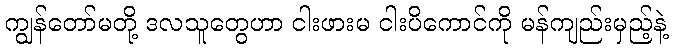
ကျွန်တော်မတို့ ဒလသူတွေဟာ ငါးဖားမ ငါးပိကောင်ကို မန်ကျည်းမှည့်နဲ့